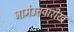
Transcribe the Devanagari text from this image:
जामेउत्तवारीख